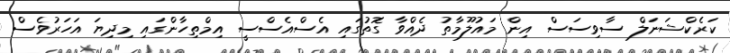
ކަރެކްޝަނަލް ސާވިސަސް އިން މައުލޫމާތު ދެއްވާ ގޮތުގައި އެސްއެސްސީ އިމްތިހާންގައި މިދިޔަ އަހަރުވެސް